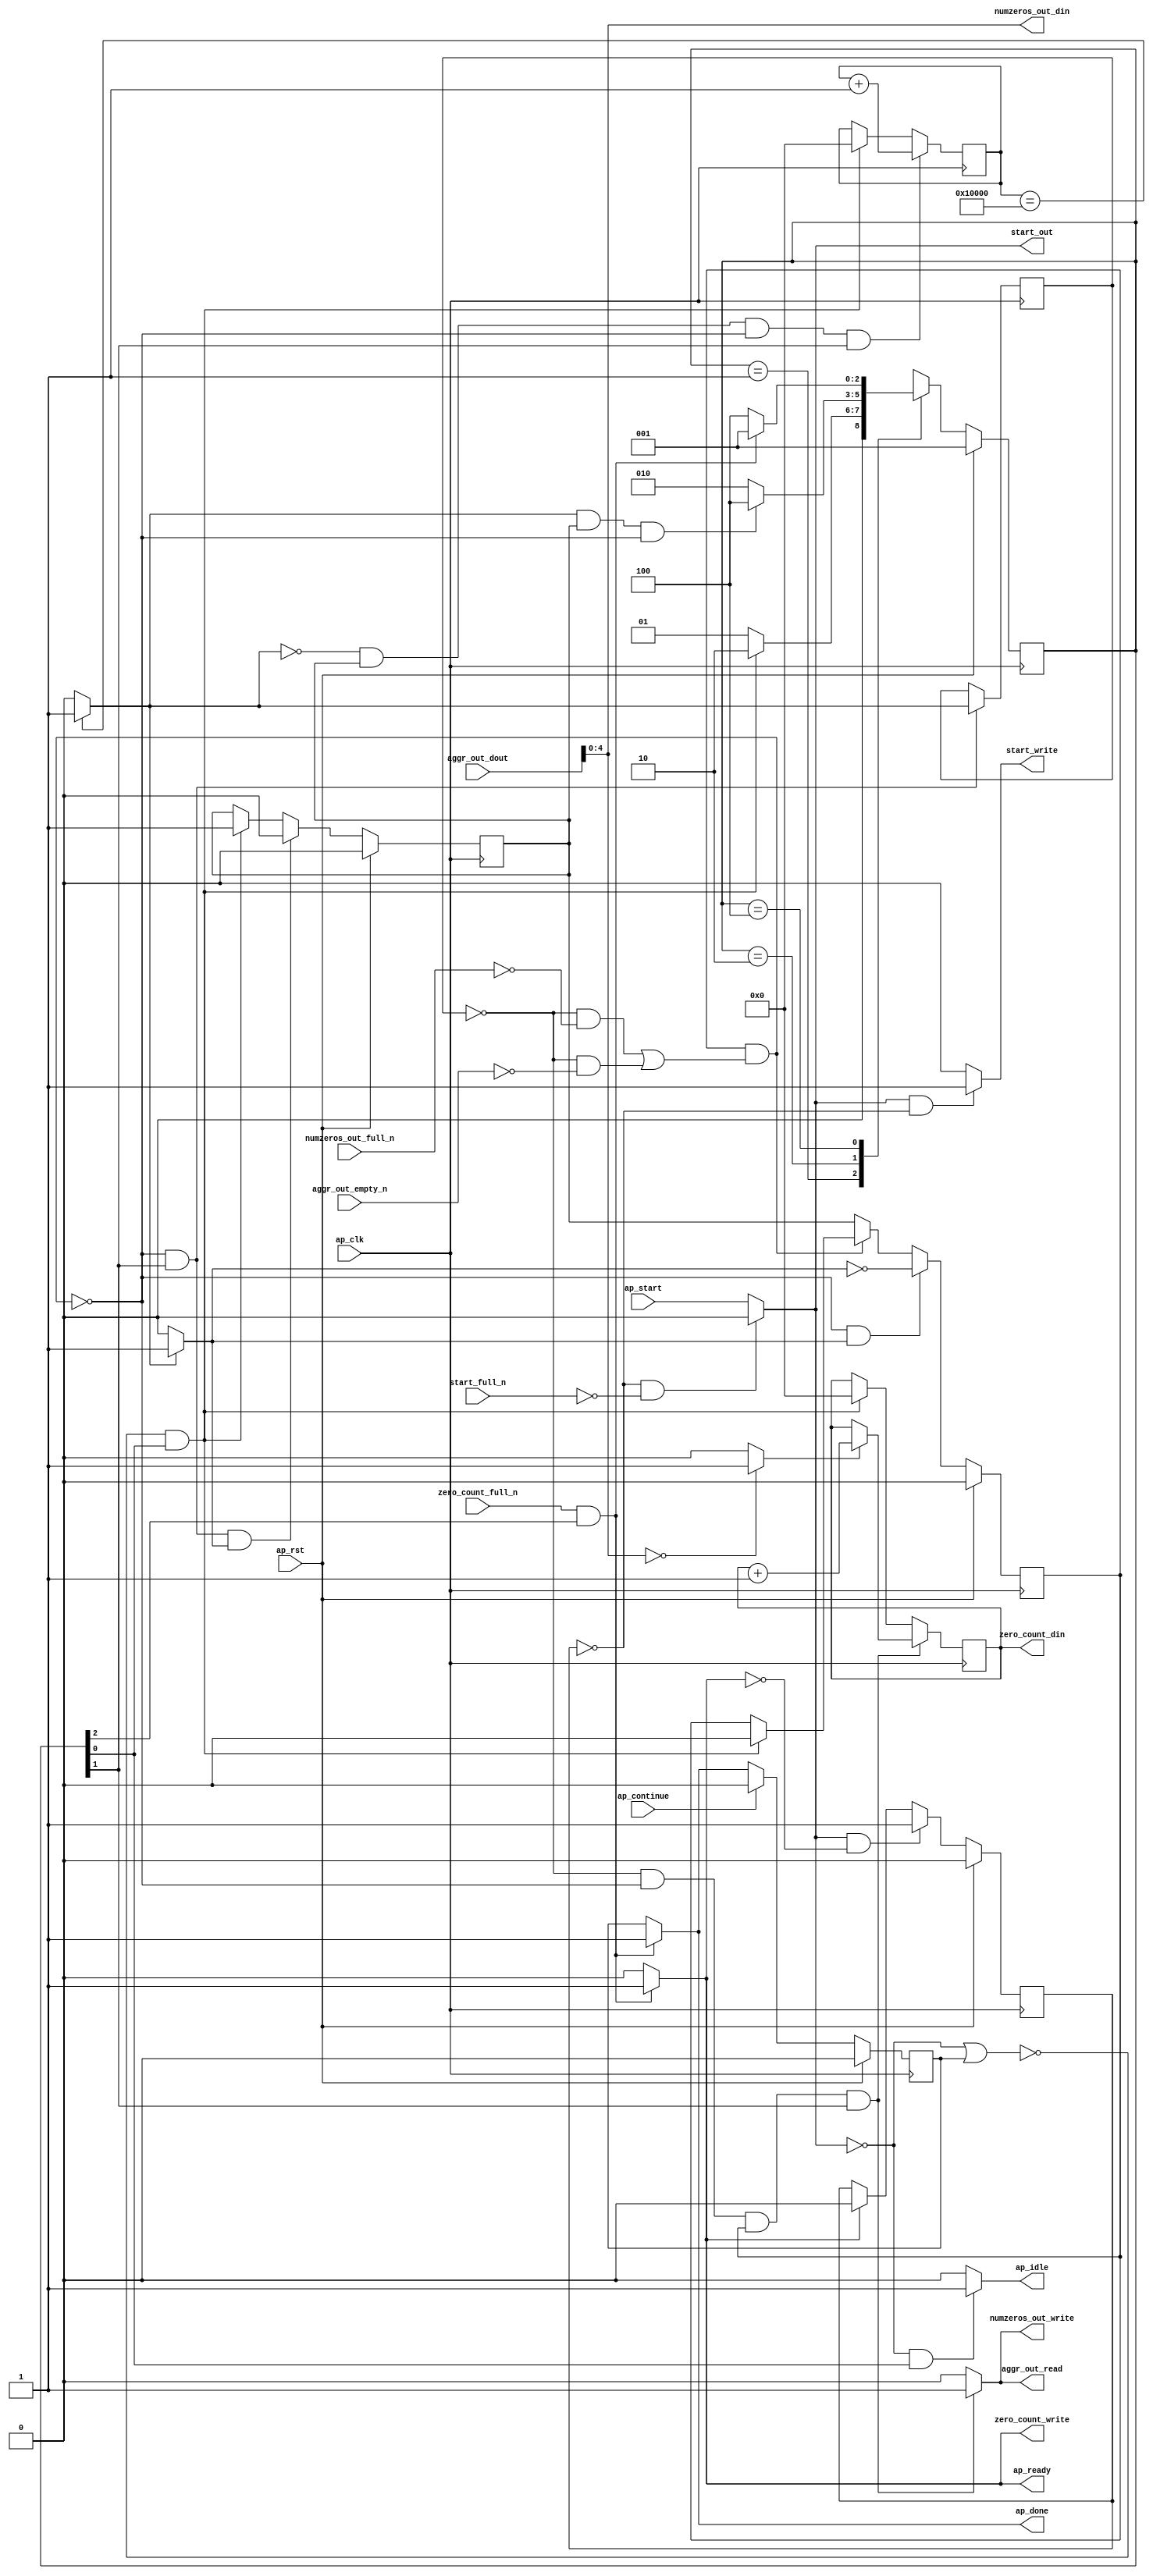
// ==============================================================
// RTL generated by Vitis HLS - High-Level Synthesis from C, C++ and OpenCL v2020.2 (64-bit)
// Version: 2020.2
// Copyright (C) Copyright 1986-2020 Xilinx, Inc. All Rights Reserved.
// 
// ===========================================================

`timescale 1 ns / 1 ps 

module hyperloglog_top_zero_counter (
        ap_clk,
        ap_rst,
        ap_start,
        start_full_n,
        ap_done,
        ap_continue,
        ap_idle,
        ap_ready,
        start_out,
        start_write,
        aggr_out_dout,
        aggr_out_empty_n,
        aggr_out_read,
        numzeros_out_din,
        numzeros_out_full_n,
        numzeros_out_write,
        zero_count_din,
        zero_count_full_n,
        zero_count_write
);

parameter    ap_ST_fsm_state1 = 3'd1;
parameter    ap_ST_fsm_pp0_stage0 = 3'd2;
parameter    ap_ST_fsm_state4 = 3'd4;

input   ap_clk;
input   ap_rst;
input   ap_start;
input   start_full_n;
output   ap_done;
input   ap_continue;
output   ap_idle;
output   ap_ready;
output   start_out;
output   start_write;
input  [15:0] aggr_out_dout;
input   aggr_out_empty_n;
output   aggr_out_read;
output  [4:0] numzeros_out_din;
input   numzeros_out_full_n;
output   numzeros_out_write;
output  [16:0] zero_count_din;
input   zero_count_full_n;
output   zero_count_write;

reg ap_done;
reg ap_idle;
reg start_write;
reg aggr_out_read;
reg numzeros_out_write;
reg zero_count_write;

reg    real_start;
reg    start_once_reg;
reg    ap_done_reg;
(* fsm_encoding = "none" *) reg   [2:0] ap_CS_fsm;
wire    ap_CS_fsm_state1;
reg    internal_ap_ready;
reg    aggr_out_blk_n;
wire    ap_CS_fsm_pp0_stage0;
reg    ap_enable_reg_pp0_iter1;
wire    ap_block_pp0_stage0;
reg   [0:0] icmp_ln39_reg_126;
reg    numzeros_out_blk_n;
reg    zero_count_blk_n;
wire    ap_CS_fsm_state4;
reg   [16:0] zero_count_V_reg_60;
reg   [16:0] i_V_reg_73;
wire   [16:0] i_V_1_fu_84_p2;
reg    ap_enable_reg_pp0_iter0;
wire    ap_block_state2_pp0_stage0_iter0;
reg    ap_block_state3_pp0_stage0_iter1;
reg    ap_block_pp0_stage0_11001;
wire   [0:0] icmp_ln39_fu_90_p2;
wire   [16:0] zero_count_V_2_fu_113_p3;
reg    ap_block_state1;
reg    ap_block_pp0_stage0_subdone;
reg    ap_condition_pp0_exit_iter0_state2;
wire   [4:0] tmp_value_V_fu_96_p1;
reg    ap_block_pp0_stage0_01001;
wire   [0:0] icmp_ln870_fu_101_p2;
wire   [16:0] zero_count_V_1_fu_107_p2;
reg   [2:0] ap_NS_fsm;
reg    ap_idle_pp0;
wire    ap_enable_pp0;
wire    ap_ce_reg;

// power-on initialization
initial begin
#0 start_once_reg = 1'b0;
#0 ap_done_reg = 1'b0;
#0 ap_CS_fsm = 3'd1;
#0 ap_enable_reg_pp0_iter1 = 1'b0;
#0 ap_enable_reg_pp0_iter0 = 1'b0;
end

always @ (posedge ap_clk) begin
    if (ap_rst == 1'b1) begin
        ap_CS_fsm <= ap_ST_fsm_state1;
    end else begin
        ap_CS_fsm <= ap_NS_fsm;
    end
end

always @ (posedge ap_clk) begin
    if (ap_rst == 1'b1) begin
        ap_done_reg <= 1'b0;
    end else begin
        if ((ap_continue == 1'b1)) begin
            ap_done_reg <= 1'b0;
        end else if (((zero_count_full_n == 1'b1) & (1'b1 == ap_CS_fsm_state4))) begin
            ap_done_reg <= 1'b1;
        end
    end
end

always @ (posedge ap_clk) begin
    if (ap_rst == 1'b1) begin
        ap_enable_reg_pp0_iter0 <= 1'b0;
    end else begin
        if (((1'b0 == ap_block_pp0_stage0_subdone) & (1'b1 == ap_CS_fsm_pp0_stage0) & (1'b1 == ap_condition_pp0_exit_iter0_state2))) begin
            ap_enable_reg_pp0_iter0 <= 1'b0;
        end else if ((~((real_start == 1'b0) | (ap_done_reg == 1'b1)) & (1'b1 == ap_CS_fsm_state1))) begin
            ap_enable_reg_pp0_iter0 <= 1'b1;
        end
    end
end

always @ (posedge ap_clk) begin
    if (ap_rst == 1'b1) begin
        ap_enable_reg_pp0_iter1 <= 1'b0;
    end else begin
        if (((1'b0 == ap_block_pp0_stage0_subdone) & (1'b1 == ap_condition_pp0_exit_iter0_state2))) begin
            ap_enable_reg_pp0_iter1 <= (1'b1 ^ ap_condition_pp0_exit_iter0_state2);
        end else if ((1'b0 == ap_block_pp0_stage0_subdone)) begin
            ap_enable_reg_pp0_iter1 <= ap_enable_reg_pp0_iter0;
        end else if ((~((real_start == 1'b0) | (ap_done_reg == 1'b1)) & (1'b1 == ap_CS_fsm_state1))) begin
            ap_enable_reg_pp0_iter1 <= 1'b0;
        end
    end
end

always @ (posedge ap_clk) begin
    if (ap_rst == 1'b1) begin
        start_once_reg <= 1'b0;
    end else begin
        if (((real_start == 1'b1) & (internal_ap_ready == 1'b0))) begin
            start_once_reg <= 1'b1;
        end else if ((internal_ap_ready == 1'b1)) begin
            start_once_reg <= 1'b0;
        end
    end
end

always @ (posedge ap_clk) begin
    if (((icmp_ln39_fu_90_p2 == 1'd0) & (ap_enable_reg_pp0_iter0 == 1'b1) & (1'b0 == ap_block_pp0_stage0_11001) & (1'b1 == ap_CS_fsm_pp0_stage0))) begin
        i_V_reg_73 <= i_V_1_fu_84_p2;
    end else if ((~((real_start == 1'b0) | (ap_done_reg == 1'b1)) & (1'b1 == ap_CS_fsm_state1))) begin
        i_V_reg_73 <= 17'd0;
    end
end

always @ (posedge ap_clk) begin
    if (((icmp_ln39_reg_126 == 1'd0) & (1'b0 == ap_block_pp0_stage0_11001) & (ap_enable_reg_pp0_iter1 == 1'b1) & (1'b1 == ap_CS_fsm_pp0_stage0))) begin
        zero_count_V_reg_60 <= zero_count_V_2_fu_113_p3;
    end else if ((~((real_start == 1'b0) | (ap_done_reg == 1'b1)) & (1'b1 == ap_CS_fsm_state1))) begin
        zero_count_V_reg_60 <= 17'd0;
    end
end

always @ (posedge ap_clk) begin
    if (((1'b0 == ap_block_pp0_stage0_11001) & (1'b1 == ap_CS_fsm_pp0_stage0))) begin
        icmp_ln39_reg_126 <= icmp_ln39_fu_90_p2;
    end
end

always @ (*) begin
    if (((icmp_ln39_reg_126 == 1'd0) & (1'b0 == ap_block_pp0_stage0) & (ap_enable_reg_pp0_iter1 == 1'b1) & (1'b1 == ap_CS_fsm_pp0_stage0))) begin
        aggr_out_blk_n = aggr_out_empty_n;
    end else begin
        aggr_out_blk_n = 1'b1;
    end
end

always @ (*) begin
    if (((icmp_ln39_reg_126 == 1'd0) & (1'b0 == ap_block_pp0_stage0_11001) & (ap_enable_reg_pp0_iter1 == 1'b1) & (1'b1 == ap_CS_fsm_pp0_stage0))) begin
        aggr_out_read = 1'b1;
    end else begin
        aggr_out_read = 1'b0;
    end
end

always @ (*) begin
    if ((icmp_ln39_fu_90_p2 == 1'd1)) begin
        ap_condition_pp0_exit_iter0_state2 = 1'b1;
    end else begin
        ap_condition_pp0_exit_iter0_state2 = 1'b0;
    end
end

always @ (*) begin
    if (((zero_count_full_n == 1'b1) & (1'b1 == ap_CS_fsm_state4))) begin
        ap_done = 1'b1;
    end else begin
        ap_done = ap_done_reg;
    end
end

always @ (*) begin
    if (((real_start == 1'b0) & (1'b1 == ap_CS_fsm_state1))) begin
        ap_idle = 1'b1;
    end else begin
        ap_idle = 1'b0;
    end
end

always @ (*) begin
    if (((ap_enable_reg_pp0_iter0 == 1'b0) & (ap_enable_reg_pp0_iter1 == 1'b0))) begin
        ap_idle_pp0 = 1'b1;
    end else begin
        ap_idle_pp0 = 1'b0;
    end
end

always @ (*) begin
    if (((zero_count_full_n == 1'b1) & (1'b1 == ap_CS_fsm_state4))) begin
        internal_ap_ready = 1'b1;
    end else begin
        internal_ap_ready = 1'b0;
    end
end

always @ (*) begin
    if (((icmp_ln39_reg_126 == 1'd0) & (1'b0 == ap_block_pp0_stage0) & (ap_enable_reg_pp0_iter1 == 1'b1) & (1'b1 == ap_CS_fsm_pp0_stage0))) begin
        numzeros_out_blk_n = numzeros_out_full_n;
    end else begin
        numzeros_out_blk_n = 1'b1;
    end
end

always @ (*) begin
    if (((icmp_ln39_reg_126 == 1'd0) & (1'b0 == ap_block_pp0_stage0_11001) & (ap_enable_reg_pp0_iter1 == 1'b1) & (1'b1 == ap_CS_fsm_pp0_stage0))) begin
        numzeros_out_write = 1'b1;
    end else begin
        numzeros_out_write = 1'b0;
    end
end

always @ (*) begin
    if (((start_once_reg == 1'b0) & (start_full_n == 1'b0))) begin
        real_start = 1'b0;
    end else begin
        real_start = ap_start;
    end
end

always @ (*) begin
    if (((real_start == 1'b1) & (start_once_reg == 1'b0))) begin
        start_write = 1'b1;
    end else begin
        start_write = 1'b0;
    end
end

always @ (*) begin
    if ((1'b1 == ap_CS_fsm_state4)) begin
        zero_count_blk_n = zero_count_full_n;
    end else begin
        zero_count_blk_n = 1'b1;
    end
end

always @ (*) begin
    if (((zero_count_full_n == 1'b1) & (1'b1 == ap_CS_fsm_state4))) begin
        zero_count_write = 1'b1;
    end else begin
        zero_count_write = 1'b0;
    end
end

always @ (*) begin
    case (ap_CS_fsm)
        ap_ST_fsm_state1 : begin
            if ((~((real_start == 1'b0) | (ap_done_reg == 1'b1)) & (1'b1 == ap_CS_fsm_state1))) begin
                ap_NS_fsm = ap_ST_fsm_pp0_stage0;
            end else begin
                ap_NS_fsm = ap_ST_fsm_state1;
            end
        end
        ap_ST_fsm_pp0_stage0 : begin
            if (~((icmp_ln39_fu_90_p2 == 1'd1) & (ap_enable_reg_pp0_iter0 == 1'b1) & (1'b0 == ap_block_pp0_stage0_subdone))) begin
                ap_NS_fsm = ap_ST_fsm_pp0_stage0;
            end else if (((icmp_ln39_fu_90_p2 == 1'd1) & (ap_enable_reg_pp0_iter0 == 1'b1) & (1'b0 == ap_block_pp0_stage0_subdone))) begin
                ap_NS_fsm = ap_ST_fsm_state4;
            end else begin
                ap_NS_fsm = ap_ST_fsm_pp0_stage0;
            end
        end
        ap_ST_fsm_state4 : begin
            if (((zero_count_full_n == 1'b1) & (1'b1 == ap_CS_fsm_state4))) begin
                ap_NS_fsm = ap_ST_fsm_state1;
            end else begin
                ap_NS_fsm = ap_ST_fsm_state4;
            end
        end
        default : begin
            ap_NS_fsm = 'bx;
        end
    endcase
end

assign ap_CS_fsm_pp0_stage0 = ap_CS_fsm[32'd1];

assign ap_CS_fsm_state1 = ap_CS_fsm[32'd0];

assign ap_CS_fsm_state4 = ap_CS_fsm[32'd2];

assign ap_block_pp0_stage0 = ~(1'b1 == 1'b1);

always @ (*) begin
    ap_block_pp0_stage0_01001 = ((ap_enable_reg_pp0_iter1 == 1'b1) & (((icmp_ln39_reg_126 == 1'd0) & (numzeros_out_full_n == 1'b0)) | ((icmp_ln39_reg_126 == 1'd0) & (1'b0 == aggr_out_empty_n))));
end

always @ (*) begin
    ap_block_pp0_stage0_11001 = ((ap_enable_reg_pp0_iter1 == 1'b1) & (((icmp_ln39_reg_126 == 1'd0) & (numzeros_out_full_n == 1'b0)) | ((icmp_ln39_reg_126 == 1'd0) & (1'b0 == aggr_out_empty_n))));
end

always @ (*) begin
    ap_block_pp0_stage0_subdone = ((ap_enable_reg_pp0_iter1 == 1'b1) & (((icmp_ln39_reg_126 == 1'd0) & (numzeros_out_full_n == 1'b0)) | ((icmp_ln39_reg_126 == 1'd0) & (1'b0 == aggr_out_empty_n))));
end

always @ (*) begin
    ap_block_state1 = ((real_start == 1'b0) | (ap_done_reg == 1'b1));
end

assign ap_block_state2_pp0_stage0_iter0 = ~(1'b1 == 1'b1);

always @ (*) begin
    ap_block_state3_pp0_stage0_iter1 = (((icmp_ln39_reg_126 == 1'd0) & (numzeros_out_full_n == 1'b0)) | ((icmp_ln39_reg_126 == 1'd0) & (1'b0 == aggr_out_empty_n)));
end

assign ap_enable_pp0 = (ap_idle_pp0 ^ 1'b1);

assign ap_ready = internal_ap_ready;

assign i_V_1_fu_84_p2 = (i_V_reg_73 + 17'd1);

assign icmp_ln39_fu_90_p2 = ((i_V_reg_73 == 17'd65536) ? 1'b1 : 1'b0);

assign icmp_ln870_fu_101_p2 = ((tmp_value_V_fu_96_p1 == 5'd0) ? 1'b1 : 1'b0);

assign numzeros_out_din = tmp_value_V_fu_96_p1;

assign start_out = real_start;

assign tmp_value_V_fu_96_p1 = aggr_out_dout[4:0];

assign zero_count_V_1_fu_107_p2 = (zero_count_V_reg_60 + 17'd1);

assign zero_count_V_2_fu_113_p3 = ((icmp_ln870_fu_101_p2[0:0] == 1'b1) ? zero_count_V_1_fu_107_p2 : zero_count_V_reg_60);

assign zero_count_din = zero_count_V_reg_60;

endmodule //hyperloglog_top_zero_counter